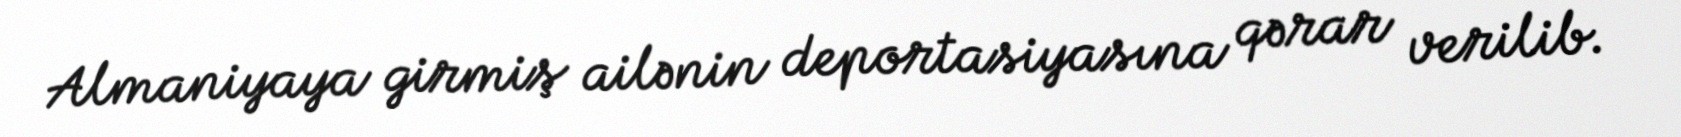
Almaniyaya girmiş ailənin deportasiyasına qərar verilib.